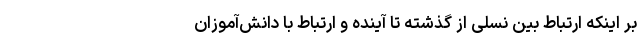
بر اینکه ارتباط بین نسلی از گذشته تا آینده و ارتباط با دانش‌آموزان